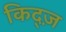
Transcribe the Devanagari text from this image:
किद्ज़